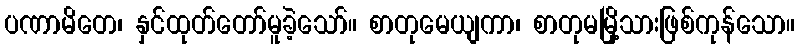
ပဏာမိတေ၊ နှင်ထုတ်တော်မူခဲ့သော်။ စာတုမေယျကာ၊ စာတုမမြို့သားဖြစ်ကုန်သော။